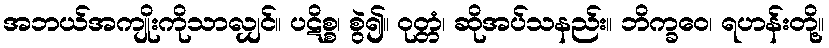
အဘယ်အကျိုးကိုသာလျှင်။ ပဋိစ္စ၊ စွဲ၍။ ဝုတ္တံ၊ ဆိုအပ်သနည်း။ ဘိက္ခဝေ၊ ရဟန်းတို့။